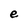
Character: e